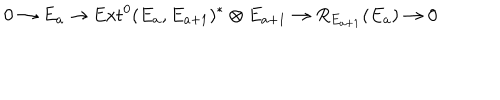
0 \rightarrow E _ { a } \rightarrow \mathrm { E x t } ^ { 0 } ( E _ { a } , E _ { a + 1 } ) ^ { * } \otimes E _ { a + 1 } \rightarrow R _ { E _ { a + 1 } } ( E _ { a } ) \rightarrow 0